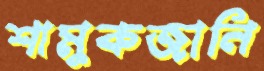
শামুকজানি